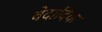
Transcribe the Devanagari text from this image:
वेदादिक